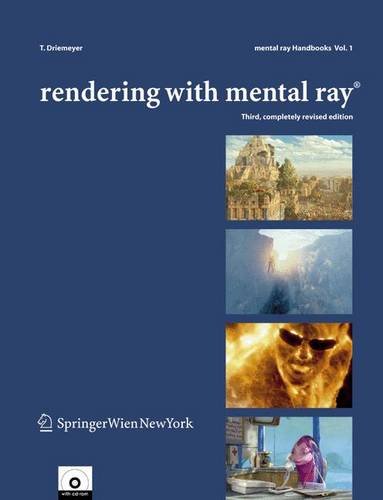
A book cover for Rendering with mental rayÂ® (mental rayÂ® Handbooks); Thomas Driemeyer; Computers & Technology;